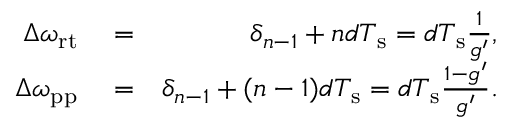
\begin{array} { r l r } { \Delta \omega _ { \mathrm { r t } } } & { { } = } & { \delta _ { n - 1 } + n d T _ { \mathrm { s } } = d T _ { \mathrm { s } } \frac { 1 } { g ^ { \prime } } , } \\ { \Delta \omega _ { \mathrm { p p } } } & { { } = } & { \delta _ { n - 1 } + ( n - 1 ) d T _ { \mathrm { s } } = d T _ { \mathrm { s } } \frac { 1 - g ^ { \prime } } { g ^ { \prime } } . } \end{array}